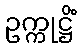
ဥက္ကုဋ္ဌိံ